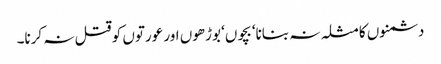
دشمنوں کا مثلہ نہ بنانا‘ بچوں‘ بوڑھوں اور عورتوں کو قتل نہ کرنا۔